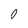
Character: 0